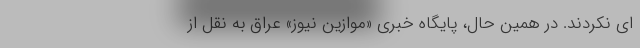
ای نکردند. در همین حال، پایگاه خبری «موازین نیوز» عراق به نقل از